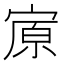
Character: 𰍏